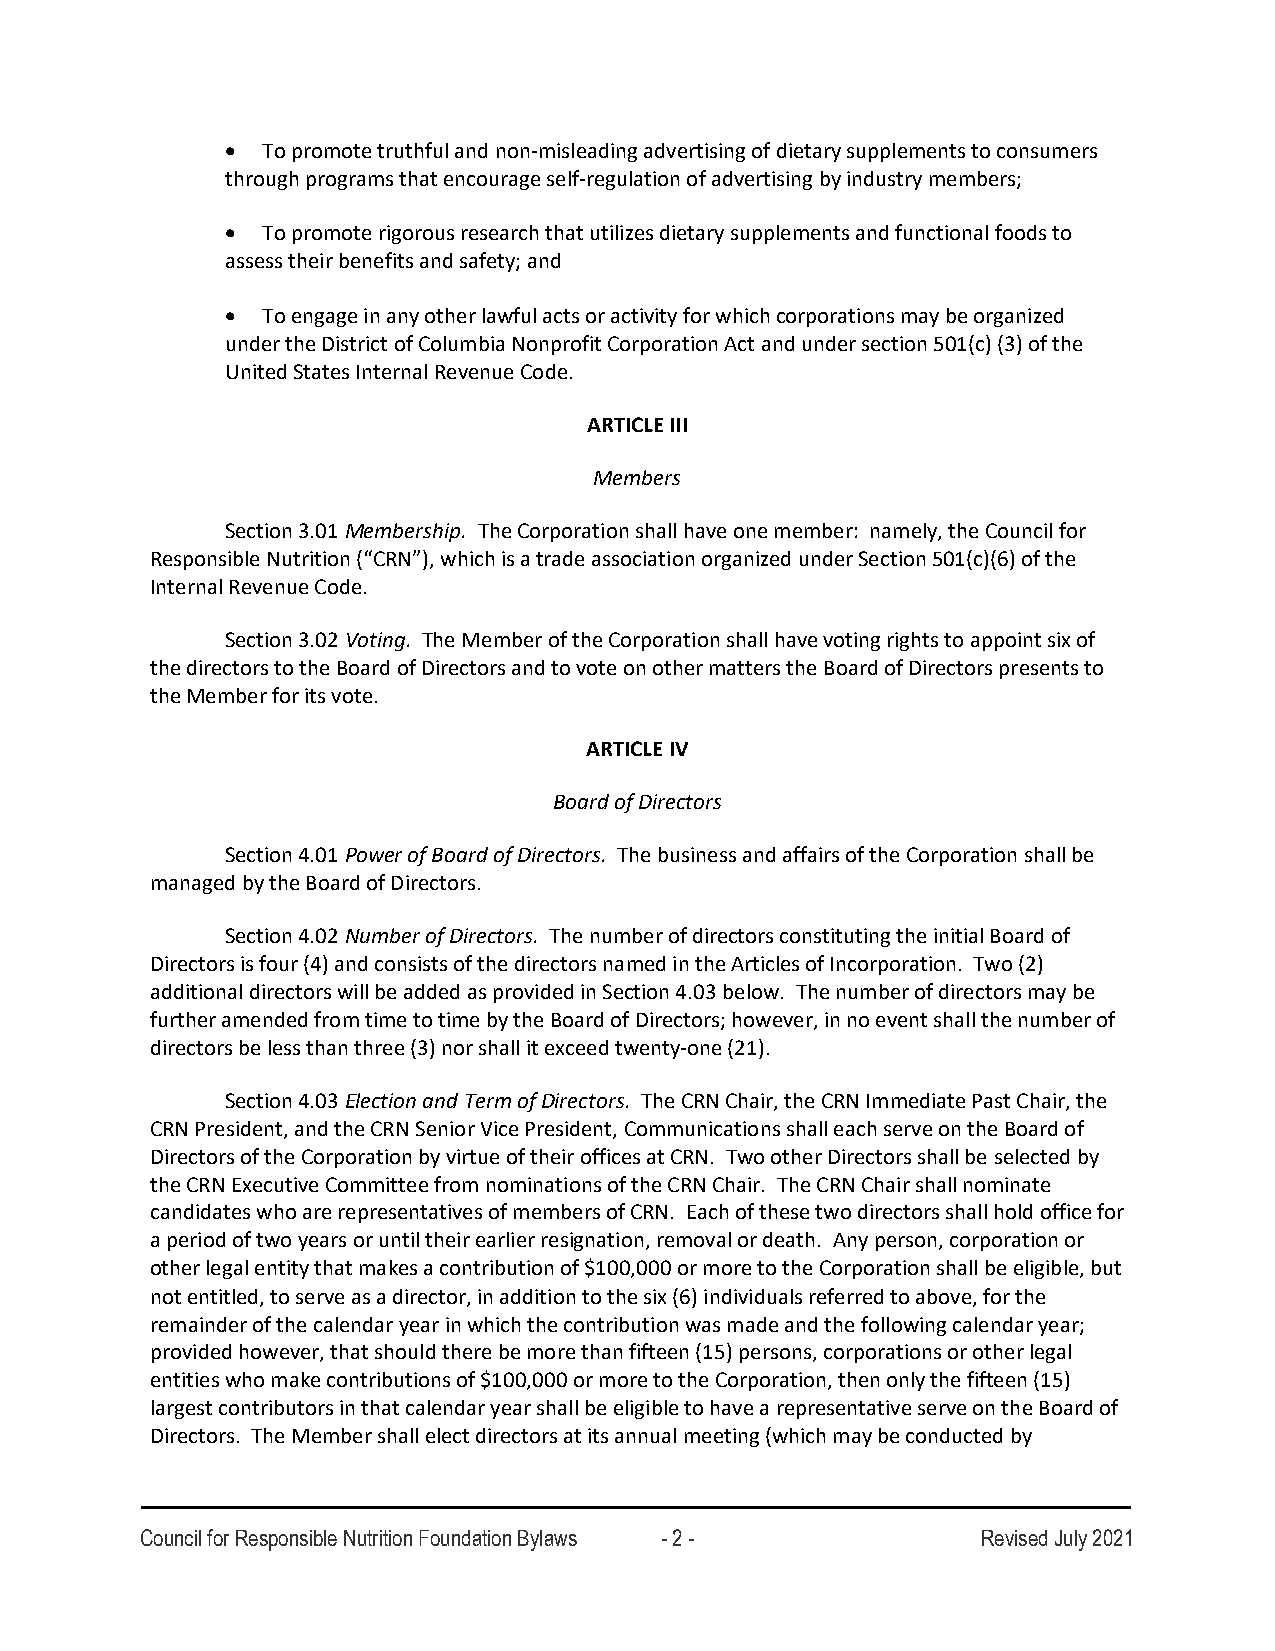
• To promote truthful and non-misleading advertising of dietary supplements to consumers
 through programs that encourage self-regulation of advertising by industry members;
 • To promote rigorous research that utilizes dietary supplements and functional foods to
 assess their benefits and safety; and
 • To engage in any other lawful acts or activity for which corporations may be organized
 under the District of Columbia Nonprofit Corporation Act and under section 501(c) (3) of the
 United States Internal Revenue Code.
 ARTICLE III
 Members
 Section 3.01 Membership. The Corporation shall have one member: namely, the Council for
 Responsible Nutrition (“CRN”), which is a trade association organized under Section 501(c)(6) of the
 Internal Revenue Code.
 Section 3.02 Voting. The Member of the Corporation shall have voting rights to appoint six of
 the directors to the Board of Directors and to vote on other matters the Board of Directors presents to
 the Member for its vote.
 ARTICLE IV
 Board of Directors
 Section 4.01 Power of Board of Directors. The business and affairs of the Corporation shall be
 managed by the Board of Directors.
 Section 4.02 Number of Directors. The number of directors constituting the initial Board of
 Directors is four (4) and consists of the directors named in the Articles of Incorporation. Two (2)
 additional directors will be added as provided in Section 4.03 below. The number of directors may be
 further amended from time to time by the Board of Directors; however, in no event shall the number of
 directors be less than three (3) nor shall it exceed twenty-one (21).
 Section 4.03 Election and Term of Directors. The CRN Chair, the CRN Immediate Past Chair, the
 CRN President, and the CRN Senior Vice President, Communications shall each serve on the Board of
 Directors of the Corporation by virtue of their offices at CRN. Two other Directors shall be selected by
 the CRN Executive Committee from nominations of the CRN Chair. The CRN Chair shall nominate
 candidates who are representatives of members of CRN. Each of these two directors shall hold office for
 a period of two years or until their earlier resignation, removal or death. Any person, corporation or
 other legal entity that makes a contribution of $100,000 or more to the Corporation shall be eligible, but
 not entitled, to serve as a director, in addition to the six (6) individuals referred to above, for the
 remainder of the calendar year in which the contribution was made and the following calendar year;
 provided however, that should there be more than fifteen (15) persons, corporations or other legal
 entities who make contributions of $100,000 or more to the Corporation, then only the fifteen (15)
 largest contributors in that calendar year shall be eligible to have a representative serve on the Board of
 Directors. The Member shall elect directors at its annual meeting (which may be conducted by
 Council for Responsible Nutrition Foundation Bylaws - 2 - Revised July 2021